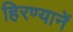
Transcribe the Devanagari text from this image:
हिरण्यानें